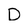
Character: D